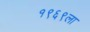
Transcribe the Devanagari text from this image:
१९६९ला